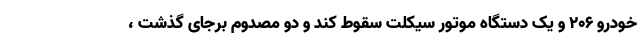
خودرو ۲۰۶ و یک دستگاه موتور سیکلت سقوط کند و دو مصدوم برجای گذشت ،